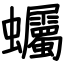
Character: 蠾